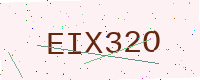
Text: EIX32O